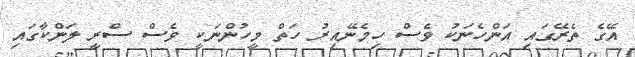
އޭގެ ތެރޭގައި އަންހެނަކު ވެސް ހިމެނޭއިރު ހަތް މީހުންނަކީ ވެސް ސްރީ ލަންކާގައި